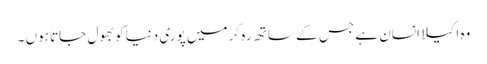
وہ اکیلا انسان ہے جس کے ساتھ رہ کر میں پوری دنیا کو بھول جاتا ہوں ۔